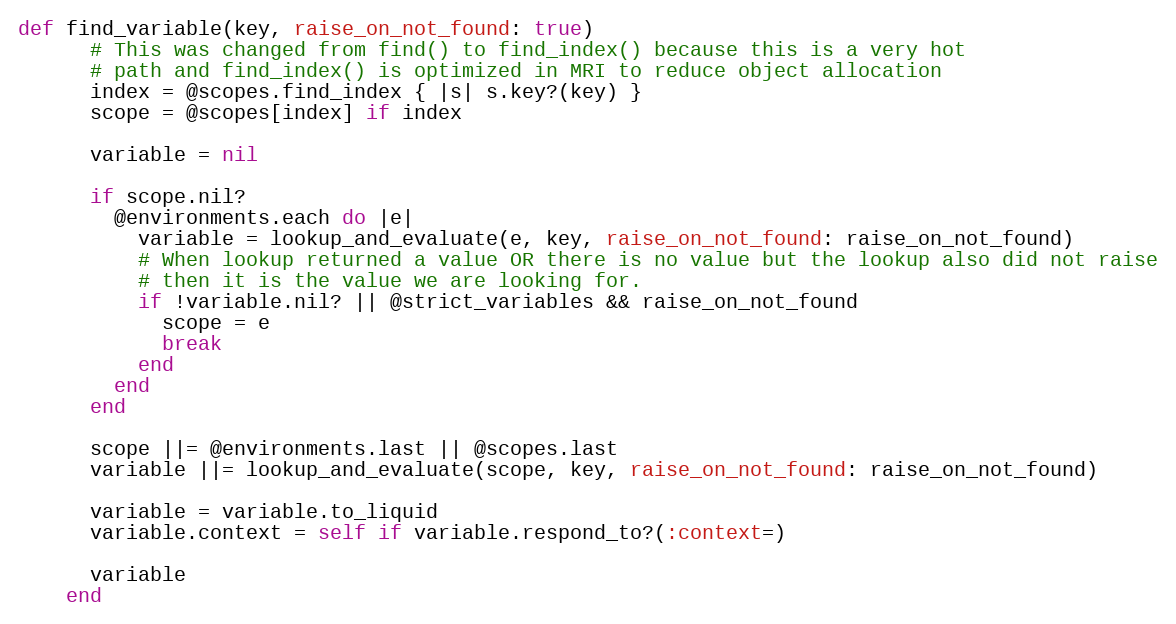
Language: Ruby
def find_variable(key, raise_on_not_found: true)
      # This was changed from find() to find_index() because this is a very hot
      # path and find_index() is optimized in MRI to reduce object allocation
      index = @scopes.find_index { |s| s.key?(key) }
      scope = @scopes[index] if index

      variable = nil

      if scope.nil?
        @environments.each do |e|
          variable = lookup_and_evaluate(e, key, raise_on_not_found: raise_on_not_found)
          # When lookup returned a value OR there is no value but the lookup also did not raise
          # then it is the value we are looking for.
          if !variable.nil? || @strict_variables && raise_on_not_found
            scope = e
            break
          end
        end
      end

      scope ||= @environments.last || @scopes.last
      variable ||= lookup_and_evaluate(scope, key, raise_on_not_found: raise_on_not_found)

      variable = variable.to_liquid
      variable.context = self if variable.respond_to?(:context=)

      variable
    end